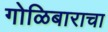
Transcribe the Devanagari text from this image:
गोळिबाराचा